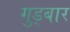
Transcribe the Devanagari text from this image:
गुड्बार